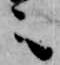
之